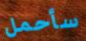
سأحمل